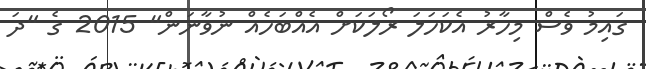
ގައިމު ވެސް މިހާރު އެކަހަލަ ރޯލަކަށް އެއްބަހެއް ނުވާނަން" 2015 ގެ "ދަ